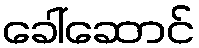
ခေါ်ဆောင်